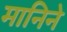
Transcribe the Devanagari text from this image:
मानिने